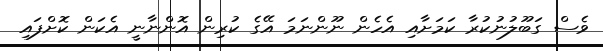
ވެސް ގަބޫލުނުކުރާ ކަމަށާއި އެހެން ނޫންނަމަ އޭގެ ކުރިން އޮންނާނީ އެކަން ކޮށްފައި